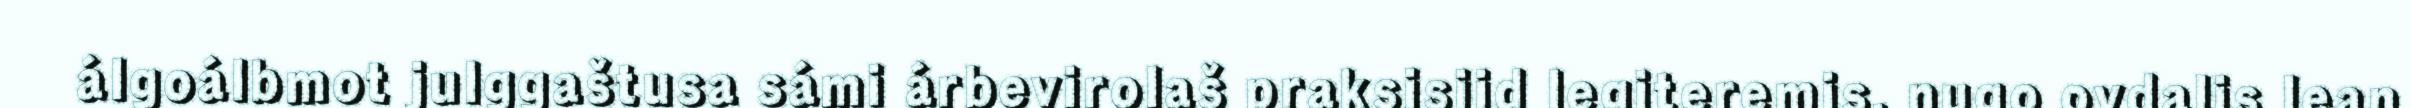
álgoálbmot julggaštusa sámi árbevirolaš praksisiid legiteremis, nugo ovdalis lean